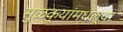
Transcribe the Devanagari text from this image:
सुळक्यांमधल्या